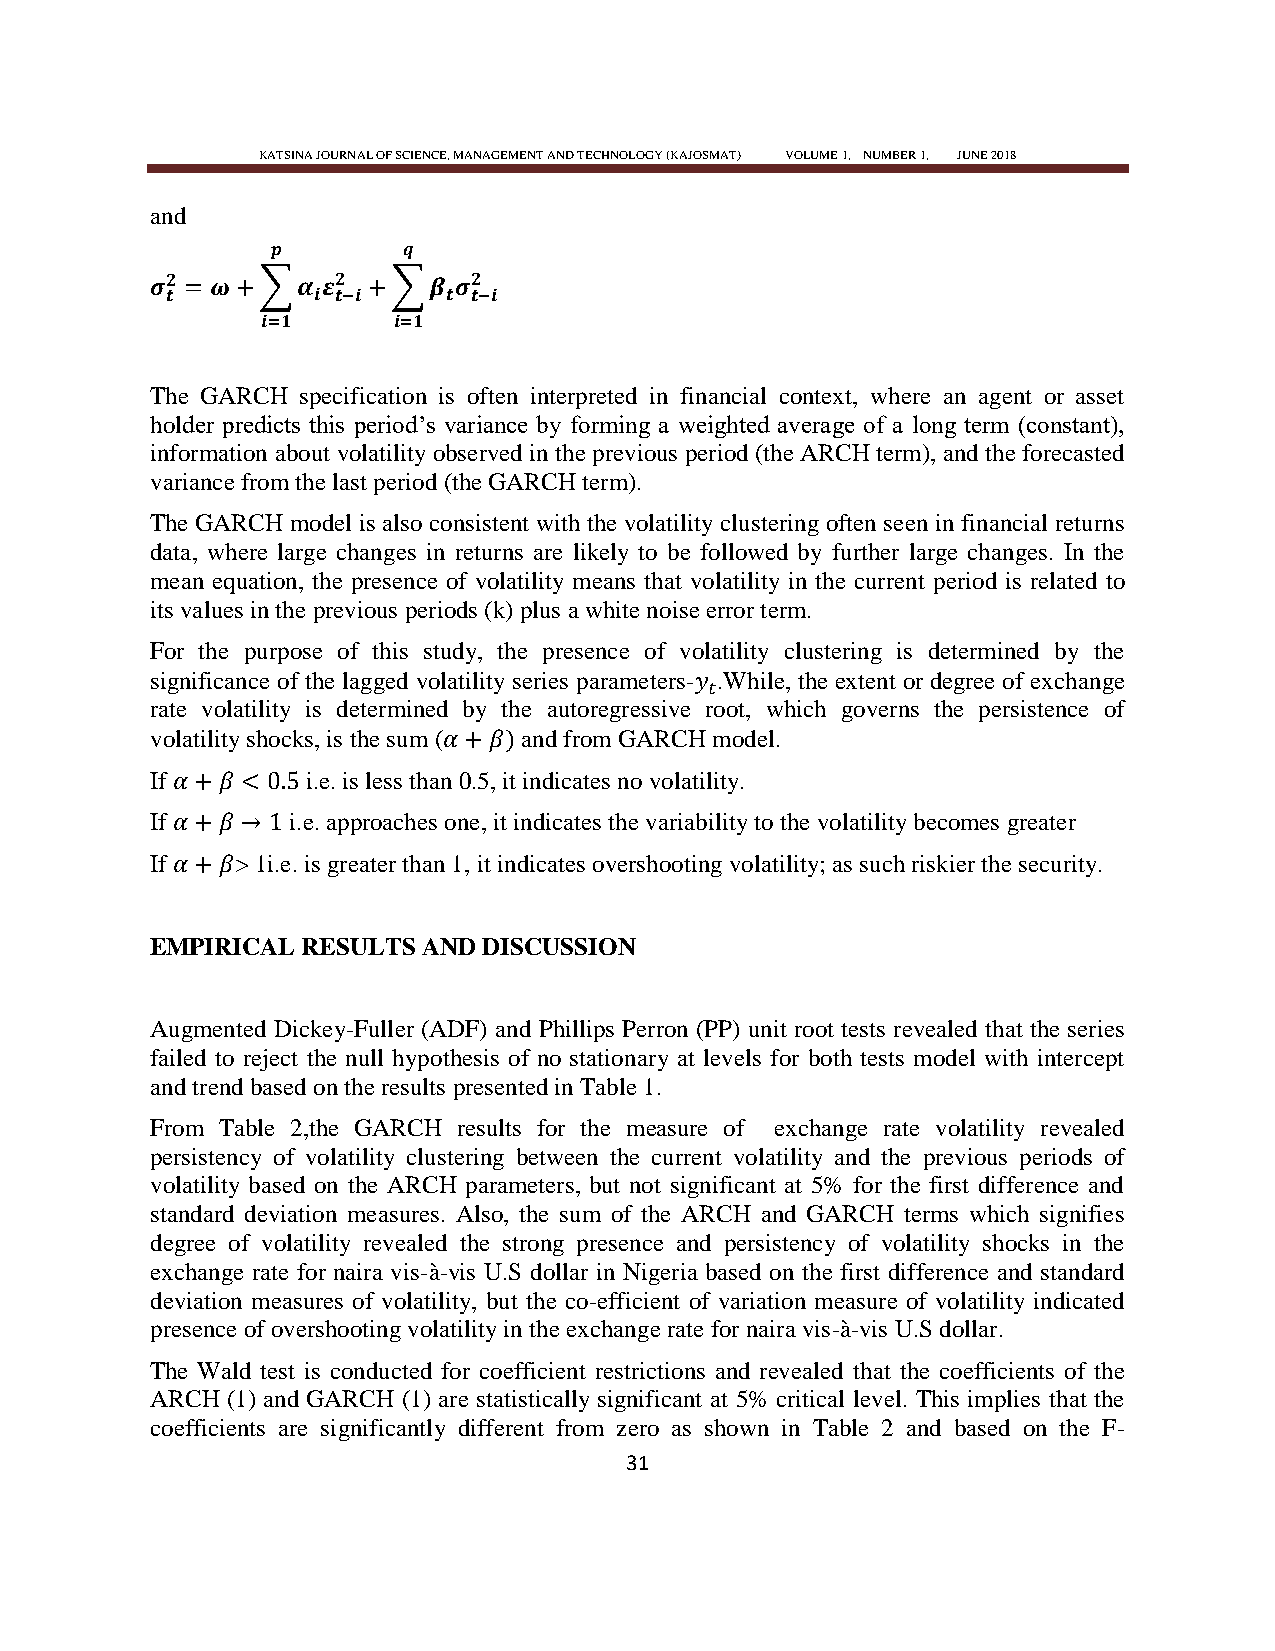
KATSINA JOURNAL OF SCIENCE, MANAGEMENT AND TECHNOLOGY (KAJOSMAT) VOLUME 1, NUMBER 1, JUNE 2018
 and
 ∑        ∑
 The GARCH specification is often interpreted in financial context, where an agent or asset
 holder predicts this period‘s variance by forming a weighted average of a long term (constant),
 information about volatility observed in the previous period (the ARCH term), and the forecasted
 variance from the last period (the GARCH term).
 The GARCH model is also consistent with the volatility clustering often seen in financial returns
 data, where large changes in returns are likely to be followed by further large changes. In the
 mean equation, the presence of volatility means that volatility in the current period is related to
 its values in the previous periods (k) plus a white noise error term.
 For the purpose of this study, the presence of volatility clustering is determined by the
 significance of the lagged volatility series parameters- .While, the extent or degree of exchange
 rate volatility is determined by the autoregressive root, which governs the persistence of
 volatility shocks, is the sum ( and from GARCH model.
 If        i.e. is less than 0.5, it indicates no volatility.
 If       i.e. approaches one, it indicates the variability to the volatility becomes greater
 If    > 1i.e. is greater than 1, it indicates overshooting volatility; as such riskier the security.
 EMPIRICAL RESULTS AND DISCUSSION
 Augmented Dickey-Fuller (ADF) and Phillips Perron (PP) unit root tests revealed that the series
 failed to reject the null hypothesis of no stationary at levels for both tests model with intercept
 and trend based on the results presented in Table 1.
 From Table 2,the GARCH results for the measure of exchange rate volatility revealed
 persistency of volatility clustering between the current volatility and the previous periods of
 volatility based on the ARCH parameters, but not significant at 5% for the first difference and
 standard deviation measures. Also, the sum of the ARCH and GARCH terms which signifies
 degree of volatility revealed the strong presence and persistency of volatility shocks in the
 exchange rate for naira vis-à-vis U.S dollar in Nigeria based on the first difference and standard
 deviation measures of volatility, but the co-efficient of variation measure of volatility indicated
 presence of overshooting volatility in the exchange rate for naira vis-à-vis U.S dollar.
 The Wald test is conducted for coefficient restrictions and revealed that the coefficients of the
 ARCH (1) and GARCH (1) are statistically significant at 5% critical level. This implies that the
 coefficients are significantly different from zero as shown in Table 2 and based on the F-
 31